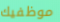
موظفيك